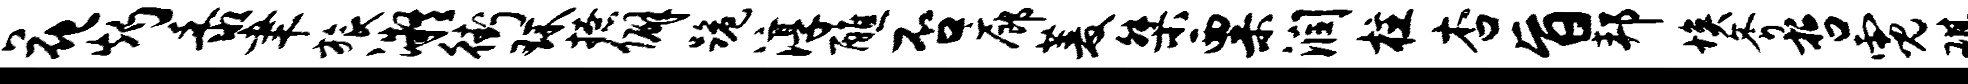
花灼黍聿旅凝街环撩僻跪淳醮否廊菱桀粟润柱杏旨邦埃斧哲霓琪